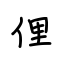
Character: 俚